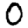
Digit: 0